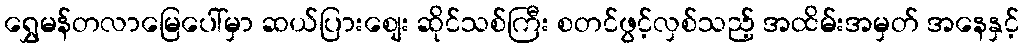
ရွှေမန်တလာမြေပေါ်မှာ ဆယ်ပြားစျေး ဆိုင်သစ်ကြီး စတင်ဖွင့်လှစ်သည့် အထိမ်းအမှတ် အနေနှင့်